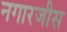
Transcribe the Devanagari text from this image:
नगारजीस